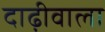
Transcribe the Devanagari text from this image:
दाढ़ीवाला